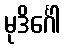
မုဒိင်္ဂေါ